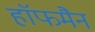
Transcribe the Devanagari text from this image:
हाॅफमैन